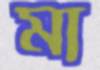
মা